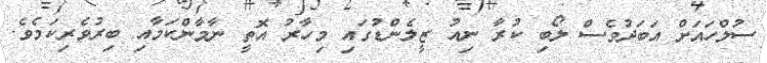
ސުލްހައަށް އަބަދުވެސް ލޯބި ކުރާ ނިއު ޒީލެންޑުގައި މިހާރު އޮތީ ނާމާންކަމާއި ބިރުވެރިކަމެވެ.